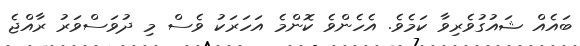
ބައެއް ޝައުގުވެރިވާ ކަމެވެ. އެހެންވެ ކޮންމެ އަހަރަކު ވެސް މި ދުވަސްވަރު ރާއްޖެ